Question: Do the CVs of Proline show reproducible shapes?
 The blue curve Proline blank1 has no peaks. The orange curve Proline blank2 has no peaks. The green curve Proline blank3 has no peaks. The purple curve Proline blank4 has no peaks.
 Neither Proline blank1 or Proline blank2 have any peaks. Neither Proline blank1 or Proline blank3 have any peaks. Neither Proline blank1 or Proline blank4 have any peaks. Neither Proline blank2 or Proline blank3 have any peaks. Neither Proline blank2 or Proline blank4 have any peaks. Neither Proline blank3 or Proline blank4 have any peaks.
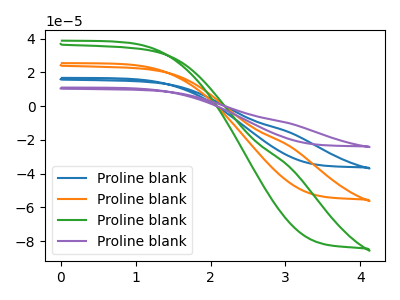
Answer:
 <answer>All the CV's of "Proline" have similar shape.</answer>
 <eval>follow_rule</eval>